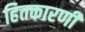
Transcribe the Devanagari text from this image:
हितकारणी